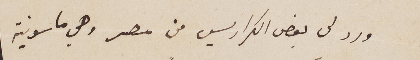
ورد لى بعض الكراريس من مصر وهي ماسونية